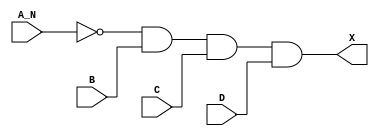
module sky130_fd_sc_hd__and4b (
    X  ,
    A_N,
    B  ,
    C  ,
    D
);

    // Module ports
    output X  ;
    input  A_N;
    input  B  ;
    input  C  ;
    input  D  ;

    // Local signals
    wire not0_out  ;
    wire and0_out_X;

    //  Name  Output      Other arguments
    not not0 (not0_out  , A_N              );
    and and0 (and0_out_X, not0_out, B, C, D);
    buf buf0 (X         , and0_out_X       );

endmodule